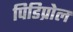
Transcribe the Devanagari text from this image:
पिडिप्रोल